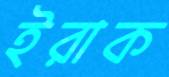
ইরাক